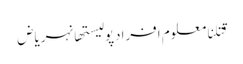
قتلنامعلوم افرادپولیستھانہریاض